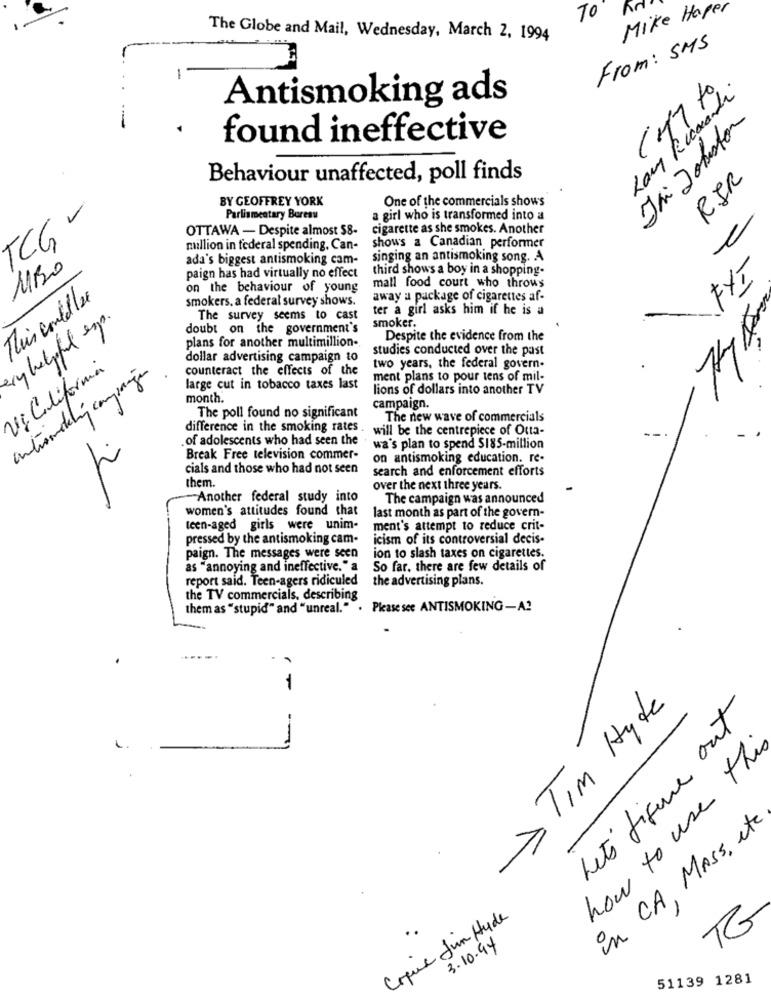
Mike Haper
The Globe and Mail, Wednesday, March 2, 1994
From: SMS
-
Antismoking ads
Lay Ricoand
Jai Jobston
found ineffective
RIR
Behaviour unaffected, poll finds
BY GEOFFREY YORK
One of the commercials shows
TCG -
Parliamentary Boresu
a girl who is transformed into a
OTTAWA - Despite almost 58-
cigarette as she smokes. Another
shows a Canadian performer
million in federal spending. Can-
ada's biggest antismoking cam-
singing an antismoking song. A
third shows a boy in a shopping-
paign has had virtually no effect
mall food court who throws
FYI
on the behaviour of young
smokers, a federal survey shows.
away a package of cigarettes af-
ter a girl asks him if he is a
ry helpful esp.
The survey seems to cast
doubt on the government's
smoker.
Despite the evidence from the
plans for another multimillion-
studies conducted over the past
dollar advertising campaign to
Vi California
automatiling companyen
counteract the effects of the
two years, the federal govern-
ment plans to pour tens of mil-
large cut in tobacco taxes last
lions of dollars into another TV
month.
campaign.
The poll found no significant
The new wave of commercials
difference in the smoking rates
will be the centrepiece of Otta-
. of adolescents who had seen the
wa's plan to spend $185-million
Break Free television commer-
on antismoking education. re-
cials and those who had not seen
search and enforcement efforts
them.
over the next three years.
-Another federal study into
The campaign was announced
women's attitudes found that
last month as part of the govern-
teen-aged girls were unim-
ment's attempt to reduce crit-
pressed by the antismoking cam-
icism of its controversial decis-
paign. The messages were seen
ion to slash taxes on cigarettes.
as "annoying and ineffective. " a
So far. there are few details of
report said. Teen-agers ridiculed
the advertising plans.
the TV commercials, describing
them as "stupid" and "unreal." . Please see ANTISMOKING-A2
- ,
Tim Hyde
Lets figure out
how to use this
in CA, MASS, etc
Coque Jun Hude
TO
3.10.94
51139 1281